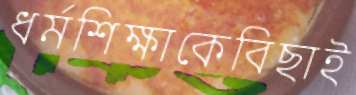
ধর্মশিক্ষাকেবিছাই